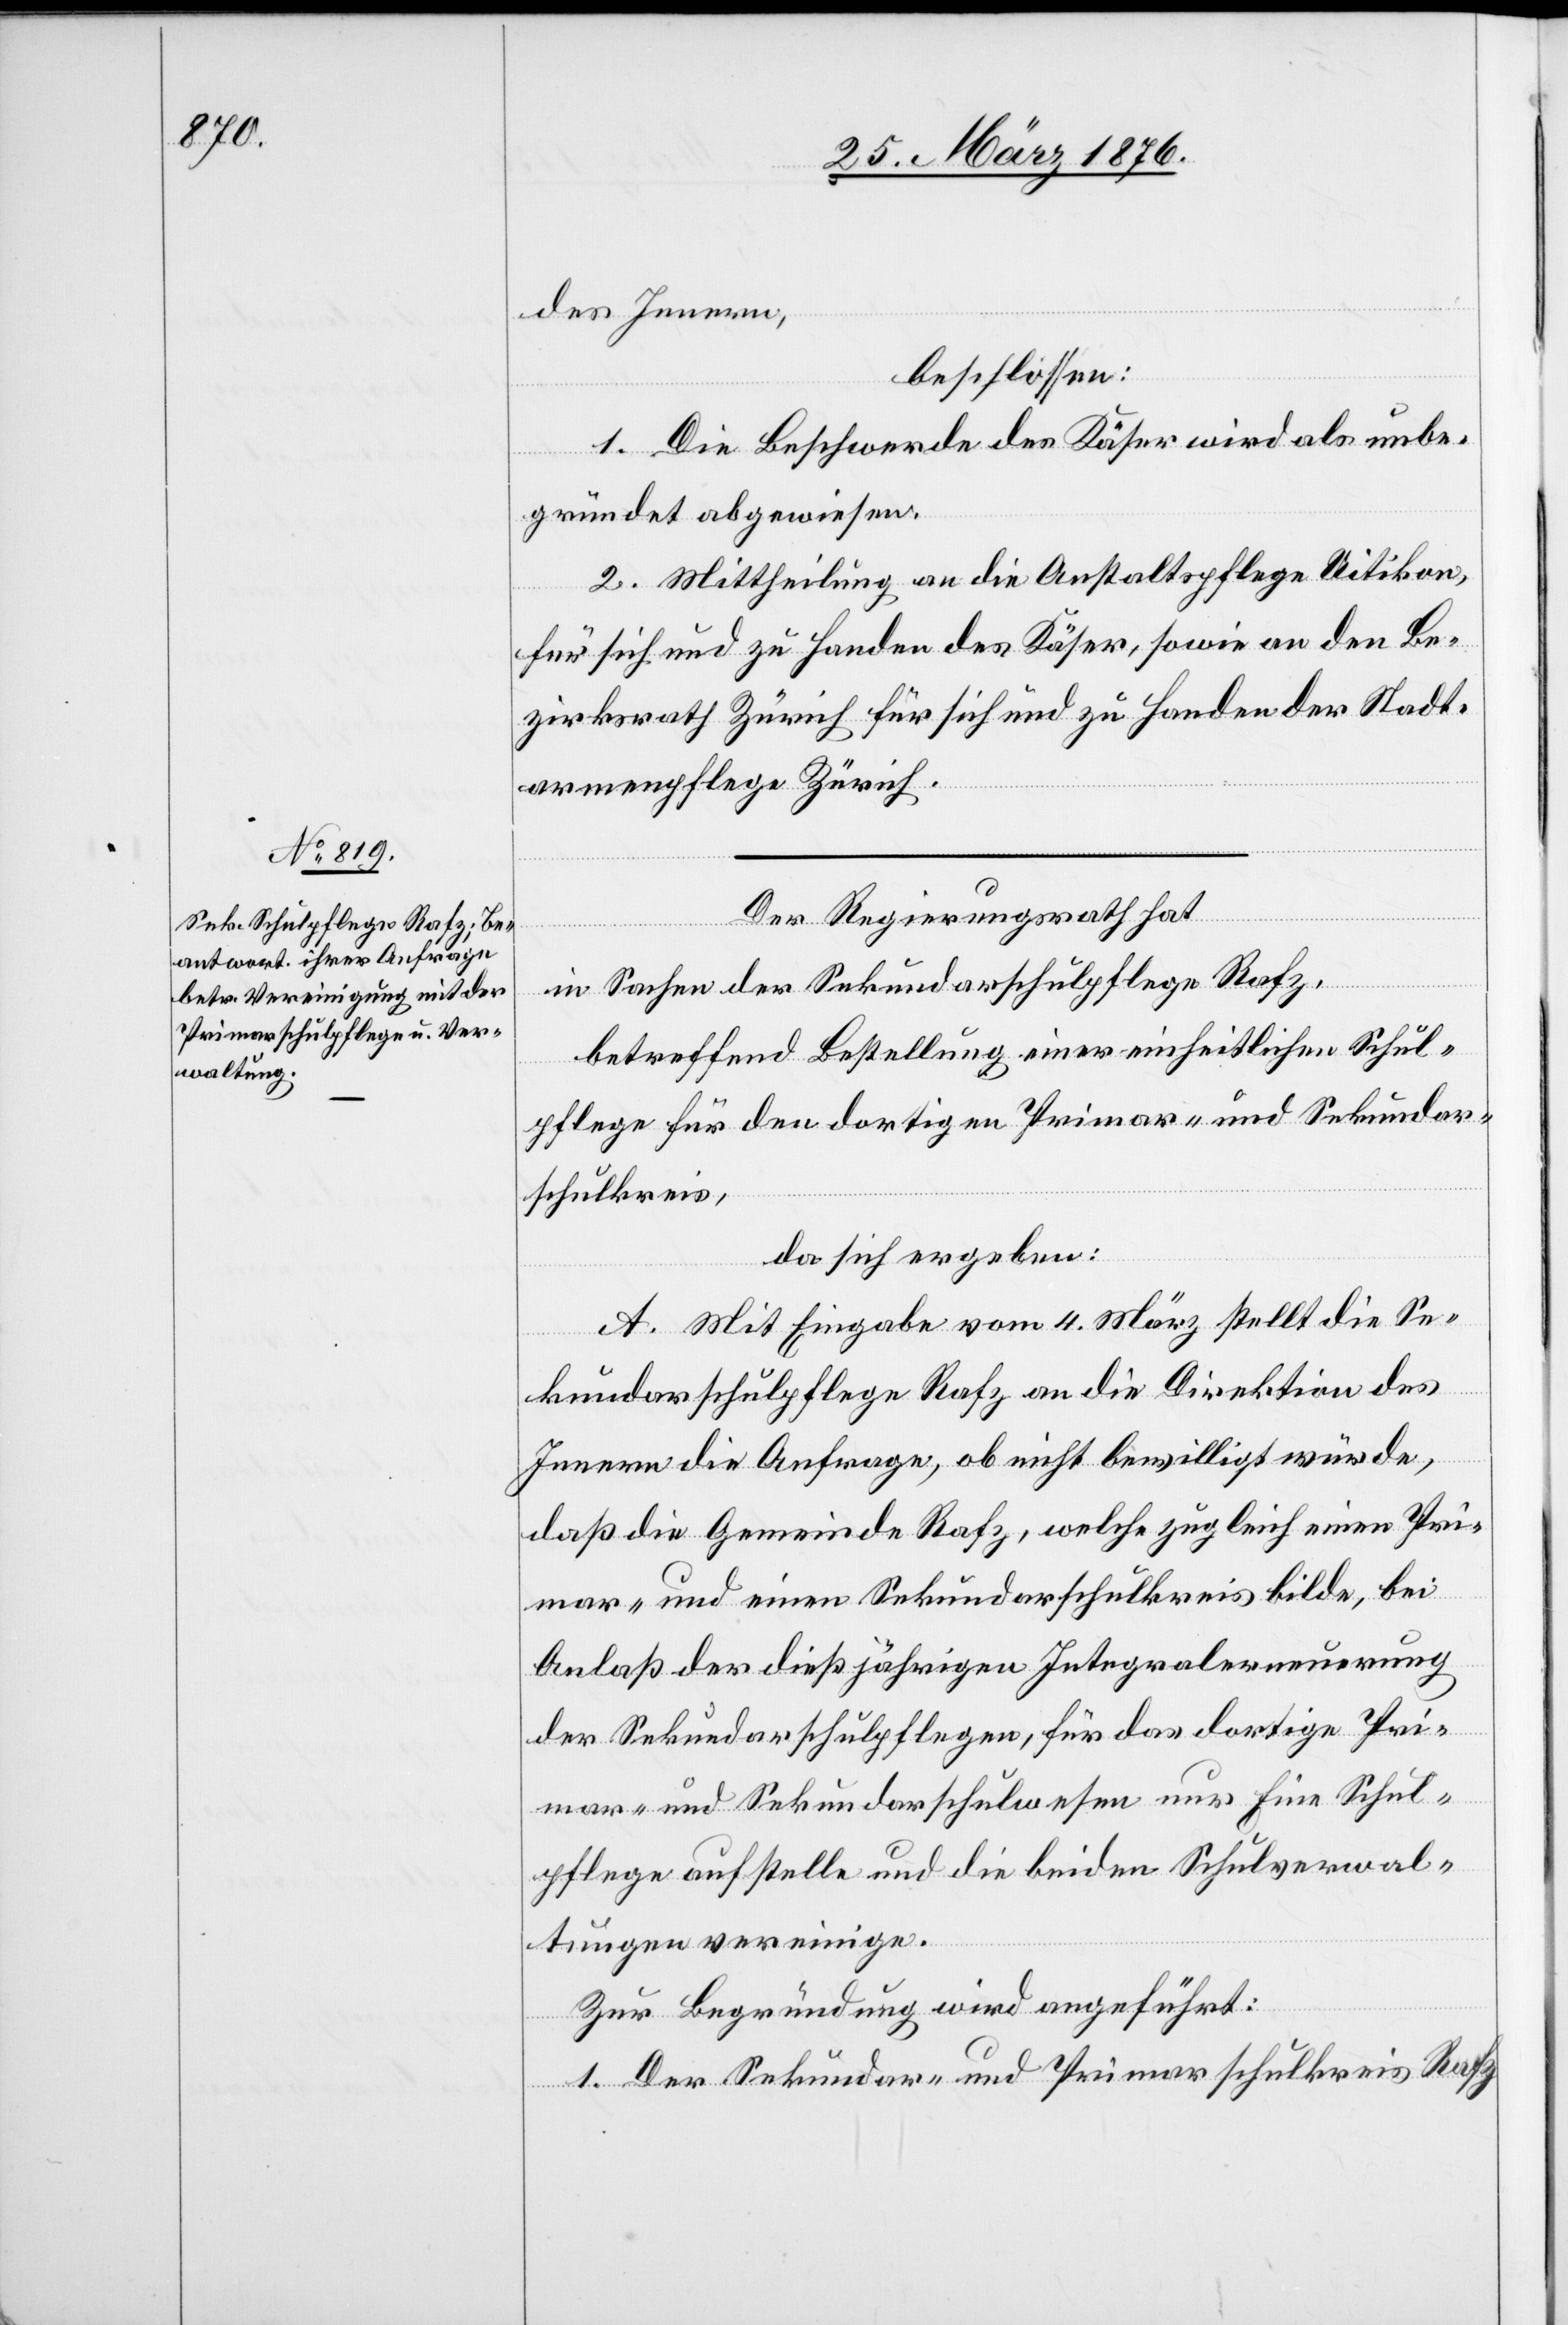
des Innern,
beschlossen:
1. Die Beschwerde des Käser wird als unbe¬
gründet abgewiesen.
2. Mittheilung an die Anstaltspflege Uitikon,
für sich und zu Handen des Käser, sowie an den Be¬
zirksrath Zürich für sich und zu Handen der Stadt¬
armenpflege Zürich.
Der Regierungsrath hat
in Sachen der Sekundarschulpflege Rafz,
betreffend Bestellung einer einheitlichen Schul¬
pflege für den dortigen Primar- und Sekundar¬
schulkreis
da sich ergeben:
A. Mit Eingabe vom 4. März stellt die Se¬
bei
kundarschulpflege Rafz an die Direktion des
Innern die Anfrage, ob nicht bewilligt würde,
daß die Gemeinde Rafz, welche zugleich einen Pri¬
Anlaß der dießjährigen Integralerneuerung
der Sekundarschulpflegen, für das dortige Pri¬
mar- und Sekundarschulwesen nur Eine Schul¬
pflege aufstelle und die beiden Schulverwal¬
tungen vereinige.
Zur Begründung wird angeführt:
1. Der Sekundar- und Primarschulkreis Rafz

un¬